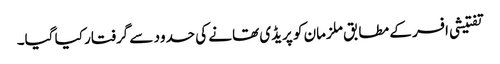
تفتیشی افسر کے مطابق ملزمان کو پریڈی تھانے کی حدود سے گرفتار کیا گیا۔